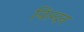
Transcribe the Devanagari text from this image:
यिल्दन